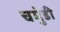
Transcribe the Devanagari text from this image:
चमुंडी